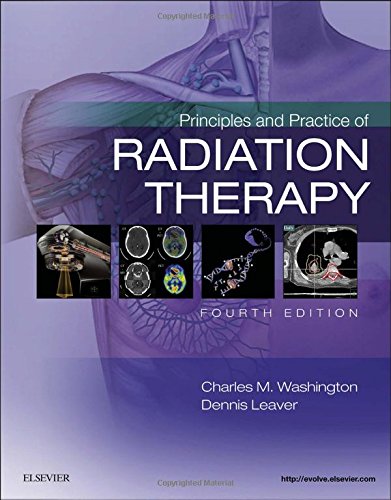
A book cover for Principles and Practice of Radiation Therapy, 4e; Charles M. Washington MBA  RT(T)  FASRT; Medical Books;